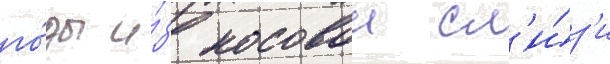
го́ды и́з носовои сл'и́з'и